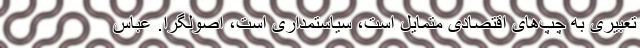
‌تعبیری به چپ‌های اقتصادی متمایل است، سیاستمداری است، اصولگرا. عباس